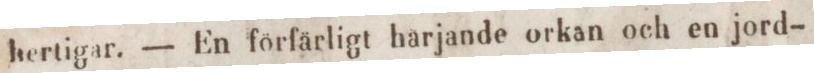
hertigar. — En förfärligt harjande orkan och en jord-